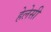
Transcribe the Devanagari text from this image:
हेलेसी